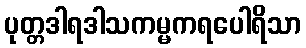
ပုတ္တဒါရဒါသကမ္မကရပေါရိသာ